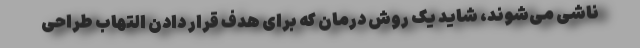
ناشی می‌شوند، شاید یک روش درمان که برای هدف قرار دادن التهاب طراحی